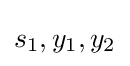
s_{1},y_{1},y_{2}